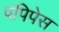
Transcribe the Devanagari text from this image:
पंपिपेस